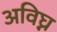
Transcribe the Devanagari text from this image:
अविघ्न